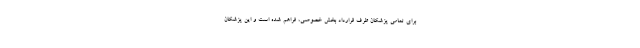
برای تمامی پزشکان طرف قرارداد بخش خصوصی، فراهم شده است و این پزشکان